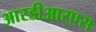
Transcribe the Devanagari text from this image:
आरडीआरएस